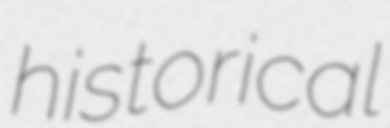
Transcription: historical